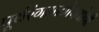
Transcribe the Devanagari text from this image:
पूर्वरंगमात्रोपयोगी